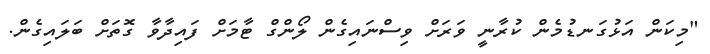
"މިކަން އަޅުގަނޑުމެން ކުރާނީ ވަރަށް ވިސްނައިގެން ލޯންގް ޓާމަށް ފައިދާވާ ގޮތަށް ބަލައިގެން.